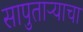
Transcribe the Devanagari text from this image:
सापुताऱ्याचा